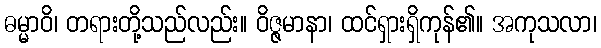
ဓမ္မာဝိ၊ တရားတို့သည်လည်း။ ဝိဇ္ဇမာနာ၊ ထင်ရှားရှိကုန်၏။ အကုသလာ၊